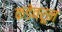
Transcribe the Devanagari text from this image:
कडेवरून